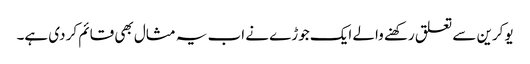
یوکرین سے تعلق رکھنے والے ایک جوڑے نے اب یہ مثال بھی قائم کر دی ہے۔